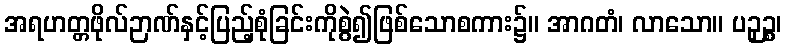
အရဟတ္တဖိုလ်ဉာဏ်နှင့်ပြည့်စုံခြင်းကိုစွဲ၍ဖြစ်သောစကား၌။ အာဂတံ၊ လာသော။ ပဉှဉ္စ၊